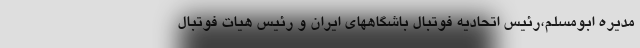
مدیره ابومسلم،رئیس اتحادیه فوتبال باشگاههای ایران و رئیس هیات فوتبال